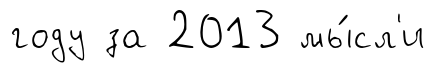
году за 2013 мы́сл'и